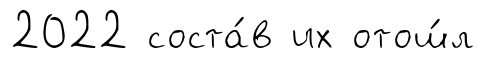
2022 соста́в их отош́л